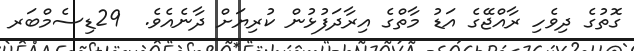
ގޮތުގެ ދިވެހި ރާއްޖޭގެ އަޑު މާތްގެ އިރާދަފުޅުން ކުރިޔަށް ދާނެއެވެ.  29ޑިސެމްބަރ